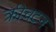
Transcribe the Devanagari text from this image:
क्रीचटन